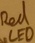
Text: LED